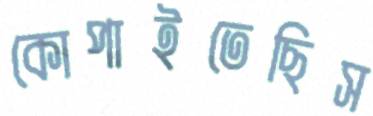
কোপাইতেছিস